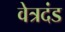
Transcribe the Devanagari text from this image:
वेत्रदंड